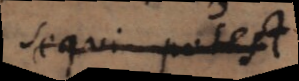
sequi potest